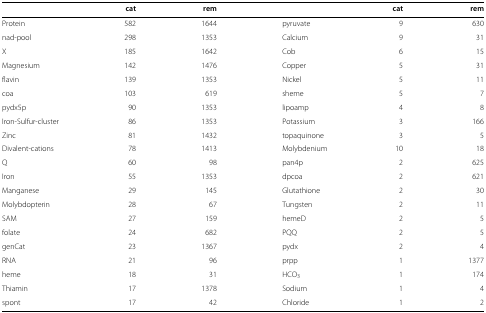
<table><thead><tr><td></td><td><b>cat</b></td><td><b>rem</b></td><td></td><td><b>cat</b></td><td><b>rem</b></td></tr></thead><tbody><tr><td>Protein</td><td>582</td><td>1644</td><td>pyruvate</td><td>9</td><td>630</td></tr><tr><td>nad-pool</td><td>298</td><td>1353</td><td>Calcium</td><td>9</td><td>31</td></tr><tr><td>X</td><td>185</td><td>1642</td><td>Cob</td><td>6</td><td>15</td></tr><tr><td>Magnesium</td><td>142</td><td>1476</td><td>Copper</td><td>5</td><td>31</td></tr><tr><td>flavin</td><td>139</td><td>1353</td><td>Nickel</td><td>5</td><td>11</td></tr><tr><td>coa</td><td>103</td><td>619</td><td>sheme</td><td>5</td><td>7</td></tr><tr><td>pydx5p</td><td>90</td><td>1353</td><td>lipoamp</td><td>4</td><td>8</td></tr><tr><td>Iron-Sulfur-cluster</td><td>86</td><td>1353</td><td>Potassium</td><td>3</td><td>166</td></tr><tr><td>Zinc</td><td>81</td><td>1432</td><td>topaquinone</td><td>3</td><td>5</td></tr><tr><td>Divalent-cations</td><td>78</td><td>1413</td><td>Molybdenium</td><td>10</td><td>18</td></tr><tr><td>Q</td><td>60</td><td>98</td><td>pan4p</td><td>2</td><td>625</td></tr><tr><td>Iron</td><td>55</td><td>1353</td><td>dpcoa</td><td>2</td><td>621</td></tr><tr><td>Manganese</td><td>29</td><td>145</td><td>Glutathione</td><td>2</td><td>30</td></tr><tr><td>Molybdopterin</td><td>28</td><td>67</td><td>Tungsten</td><td>2</td><td>11</td></tr><tr><td>SAM</td><td>27</td><td>159</td><td>hemeD</td><td>2</td><td>5</td></tr><tr><td>folate</td><td>24</td><td>682</td><td>PQQ</td><td>2</td><td>5</td></tr><tr><td>genCat</td><td>23</td><td>1367</td><td>pydx</td><td>2</td><td>4</td></tr><tr><td>RNA</td><td>21</td><td>96</td><td>prpp</td><td>1</td><td>1377</td></tr><tr><td>heme</td><td>18</td><td>31</td><td>HCO <sub>3</sub></td><td>1</td><td>174</td></tr><tr><td>Thiamin</td><td>17</td><td>1378</td><td>Sodium</td><td>1</td><td>4</td></tr><tr><td>spont</td><td>17</td><td>42</td><td>Chloride</td><td>1</td><td>2</td></tr></tbody></table>